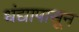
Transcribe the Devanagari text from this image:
धंद्यापासून